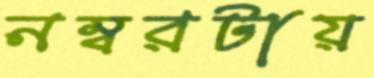
নম্বরটায়